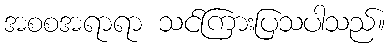
အစစအရာရာ သင်ကြားပြသပါသည်။